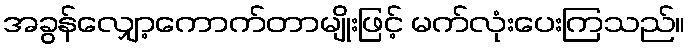
အခွန်လျှော့ကောက်တာမျိုးဖြင့် မက်လုံးပေးကြသည်။